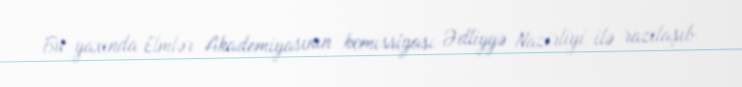
Bu yaxında Elmlər Akademiyasının komissiyası Ədliyyə Nazirliyi ilə razılaşıb